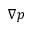
\nabla p